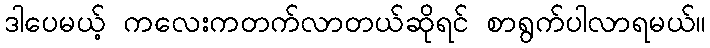
ဒါပေမယ့် ကလေးကတက်လာတယ်ဆိုရင် စာရွက်ပါလာရမယ်။